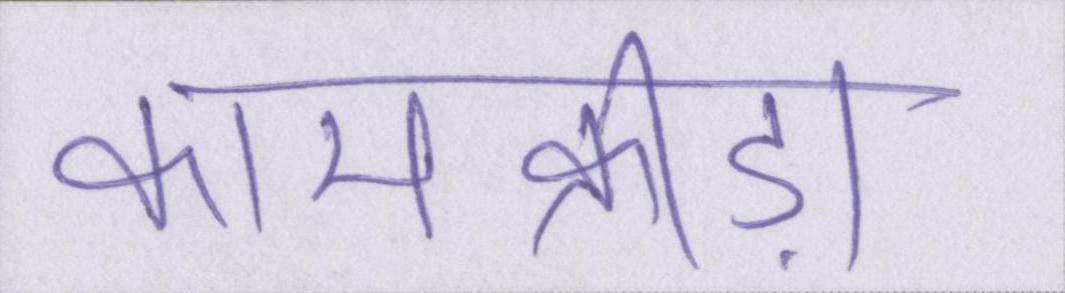
कामक्रीड़ा